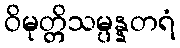
ဝိမုတ္တိသမ္ပန္နတရံ